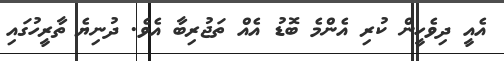
އެއީ ދިވެހީން ކުރި އެންމެ ބޮޑު އެއް ތަޖުރިބާ އެވެ. ދުނިޔެ ތާރީހުގައި